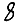
Digit: 8